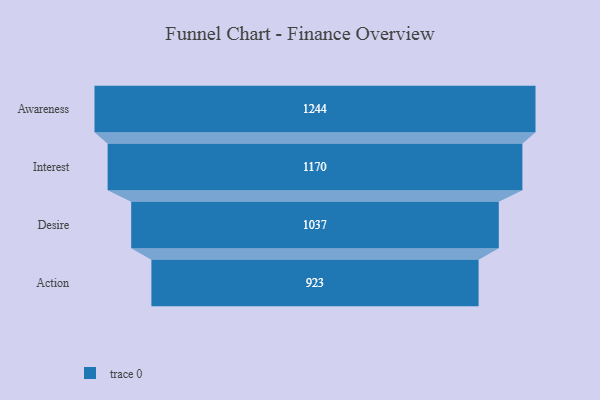
{"axis": {"x": "Stage", "y": "Value"}, "legend": [""], "data": [{"x": "Awareness", "y": 1244.0, "type": ""}, {"x": "Interest", "y": 1170.0, "type": ""}, {"x": "Desire", "y": 1037.0, "type": ""}, {"x": "Action", "y": 923.0, "type": ""}]}